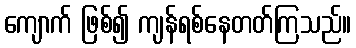
ကျောက် ဖြစ်၍ ကျန်ရစ်နေတတ်ကြသည်။